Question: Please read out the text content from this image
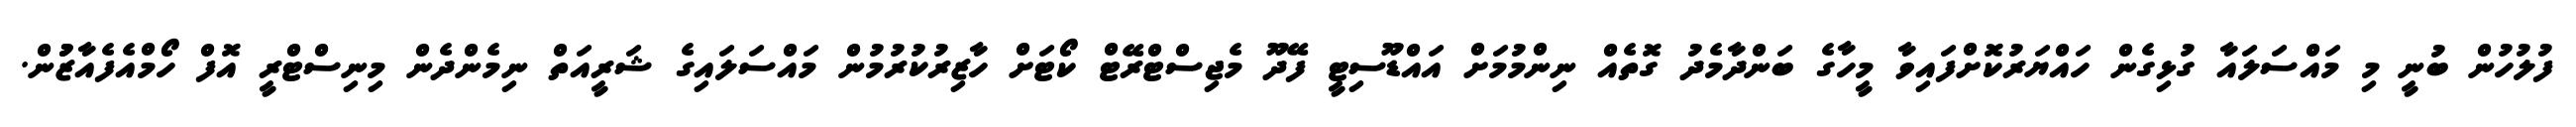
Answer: ފުލުހުން ބުނީ މި މައްސަލައާ ގުޅިގެން ހައްޔަރުކޮށްފައިވާ މީހާގެ ބަންދާމެދު ގޮތެއް ނިންމުމަށް އައްޑޫސިޓީ ފޭދޫ މެޖިސްޓްރޭޓް ކޯޓަށް ހާޒިރުކުރުމުން މައްސަލައިގެ ޝަރީއަތް ނިމެންދެން މިނިސްޓްރީ އޮފް ހޯމްއެފެއާޒުުން.